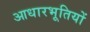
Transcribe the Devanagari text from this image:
आधारभूतियों